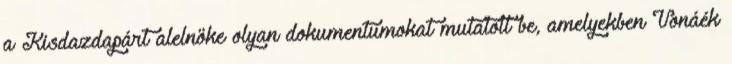
a Kisdazdapárt alelnöke olyan dokumentumokat mutatott be, amelyekben Vonáék